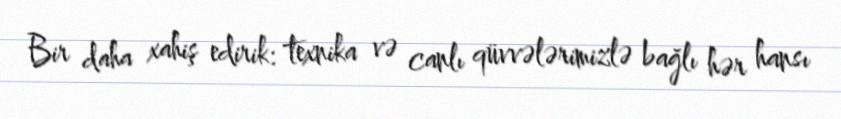
Bir daha xahiş edirik: texnika və canlı qüvvələrimizlə bağlı hər hansı